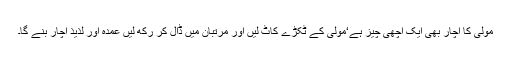
مولی کا اچار بھی ایک اچھی چیز ہے‘مولی کے ٹکڑے کاٹ لیں اور مرتبان میں ڈال کر رکھ لیں عمدہ اور لذیذ اچار بنے گا۔